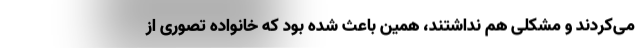
می‌کردند و مشکلی هم نداشتند، همین باعث شده بود که خانواده تصوری از